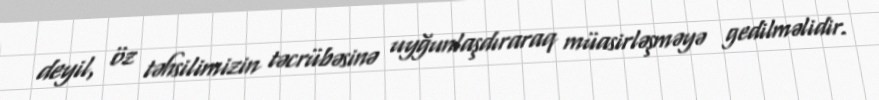
deyil, öz təhsilimizin təcrübəsinə uyğunlaşdıraraq müasirləşməyə gedilməlidir.